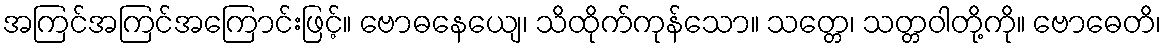
အကြင်အကြင်အကြောင်းဖြင့်။ ဗောဓနေယျေ၊ သိထိုက်ကုန်သော။ သတ္တေ၊ သတ္တဝါတို့ကို။ ဗောဓေတိ၊